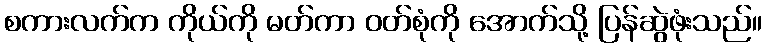
စကားလက်က ကိုယ်ကို မတ်ကာ ဝတ်စုံကို အောက်သို့ ပြန်ဆွဲဖုံးသည်။